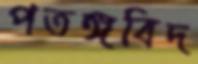
পতঙ্গবিদ